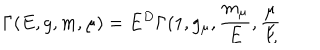
\Gamma ( E , g , m , \mu ) = E ^ { D } \Gamma ( 1 , g _ { \mu } , \frac { m _ { \mu } } { E } , \frac { \mu } { E }